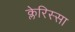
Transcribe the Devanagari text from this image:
क्लेरिस्सा